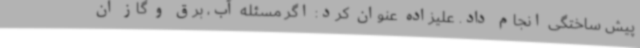
پیش ساختگی انجام داد. علیزاده عنوان کرد: اگر مسئله آب، برق و گاز آن